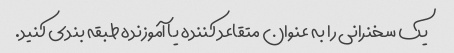
یک سخنرانی را به عنوان متقاعد کننده یا آموزنده طبقه بندی کنید.